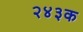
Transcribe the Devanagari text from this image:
२४३क